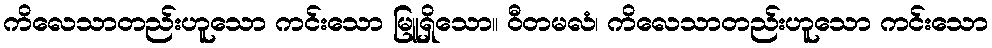
ကိလေသာတည်းဟူသော ကင်းသော မြူရှိသော။ ဝီတမလံ၊ ကိလေသာတည်းဟူသော ကင်းသော